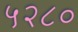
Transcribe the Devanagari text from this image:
५२८०